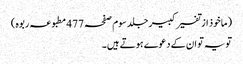
(ماخوذ از تفسیر کبیر جلد سوم صفحہ 477 مطبوعہ ربوہ)
تو یہ تو ان کے دعوے ہوتے ہیں۔